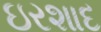
ઇરશાદ